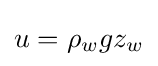
u=\rho _{w}gz_{w}